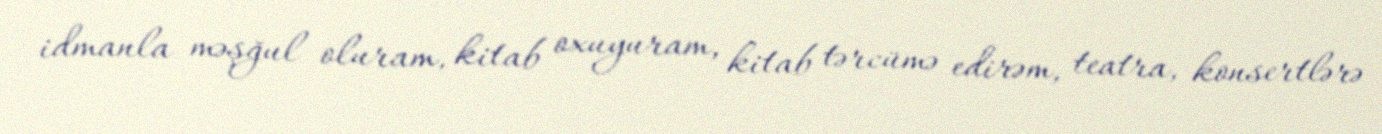
idmanla məşğul oluram, kitab oxuyuram, kitab tərcümə edirəm, teatra, konsertlərə